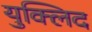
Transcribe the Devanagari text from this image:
युक्लिद